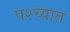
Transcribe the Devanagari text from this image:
पश्‍च्यात